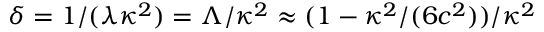
\delta = 1 / ( \lambda \kappa ^ { 2 } ) = \Lambda / \kappa ^ { 2 } \approx ( 1 - \kappa ^ { 2 } / ( 6 c ^ { 2 } ) ) / \kappa ^ { 2 }